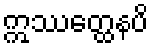
ဣဿတ္ထေနပိ